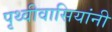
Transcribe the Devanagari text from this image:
पृथ्वीवासियांनी